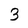
Character: 3